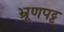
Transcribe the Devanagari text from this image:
भ्रूणपट्ट